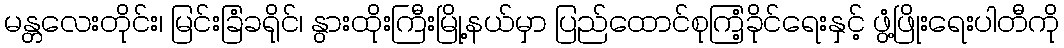
မန္တလေးတိုင်း၊ မြင်းခြံခရိုင်၊ နွားထိုးကြီးမြို့နယ်မှာ ပြည်ထောင်စုကြံ့ခိုင်ရေးနှင့် ဖွံ့ဖြိုးရေးပါတီကို